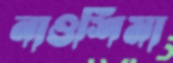
নাওশিমা